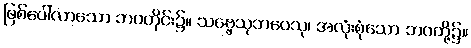
ဖြစ်ပေါ်လာသော ဘဝတိုင်း၌။ သဗ္ဗေသုဘဝေသု၊ အလုံးစုံသော ဘဝတို့၌။